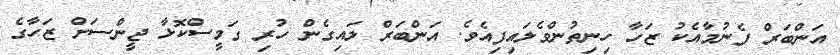
އަންބަރް ފެނުމާއެކު ޒަހާ ހިނިތުންވެލައިފިއެވެ. އަންބަރް ލައިގެން ހުރި ގަމީސްކޮޅާ ޖީންސަށް ޒަހާގެ